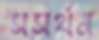
সসর্থন